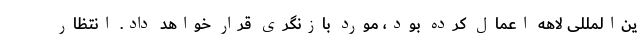
ین‌المللی لاهه اعمال کرده بود، مورد بازنگری قرار خواهد داد. انتظار